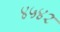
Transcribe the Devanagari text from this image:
४५४२